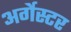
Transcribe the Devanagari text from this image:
अर्गेस्टर